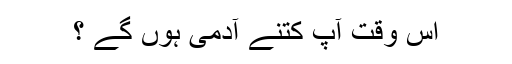
اس وقت آپ کتنے آدمی ہوں گے ؟